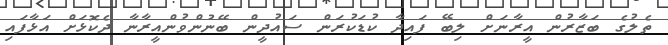
ތެލުގެ ބަޒާރުން އީރާނަށް ލިބޭ ފައިދާ ކުޑަކުރަން ސައުދީން ބޭނުންވުންއީރާނާ ދެކޮޅަށް އަޅާފައި